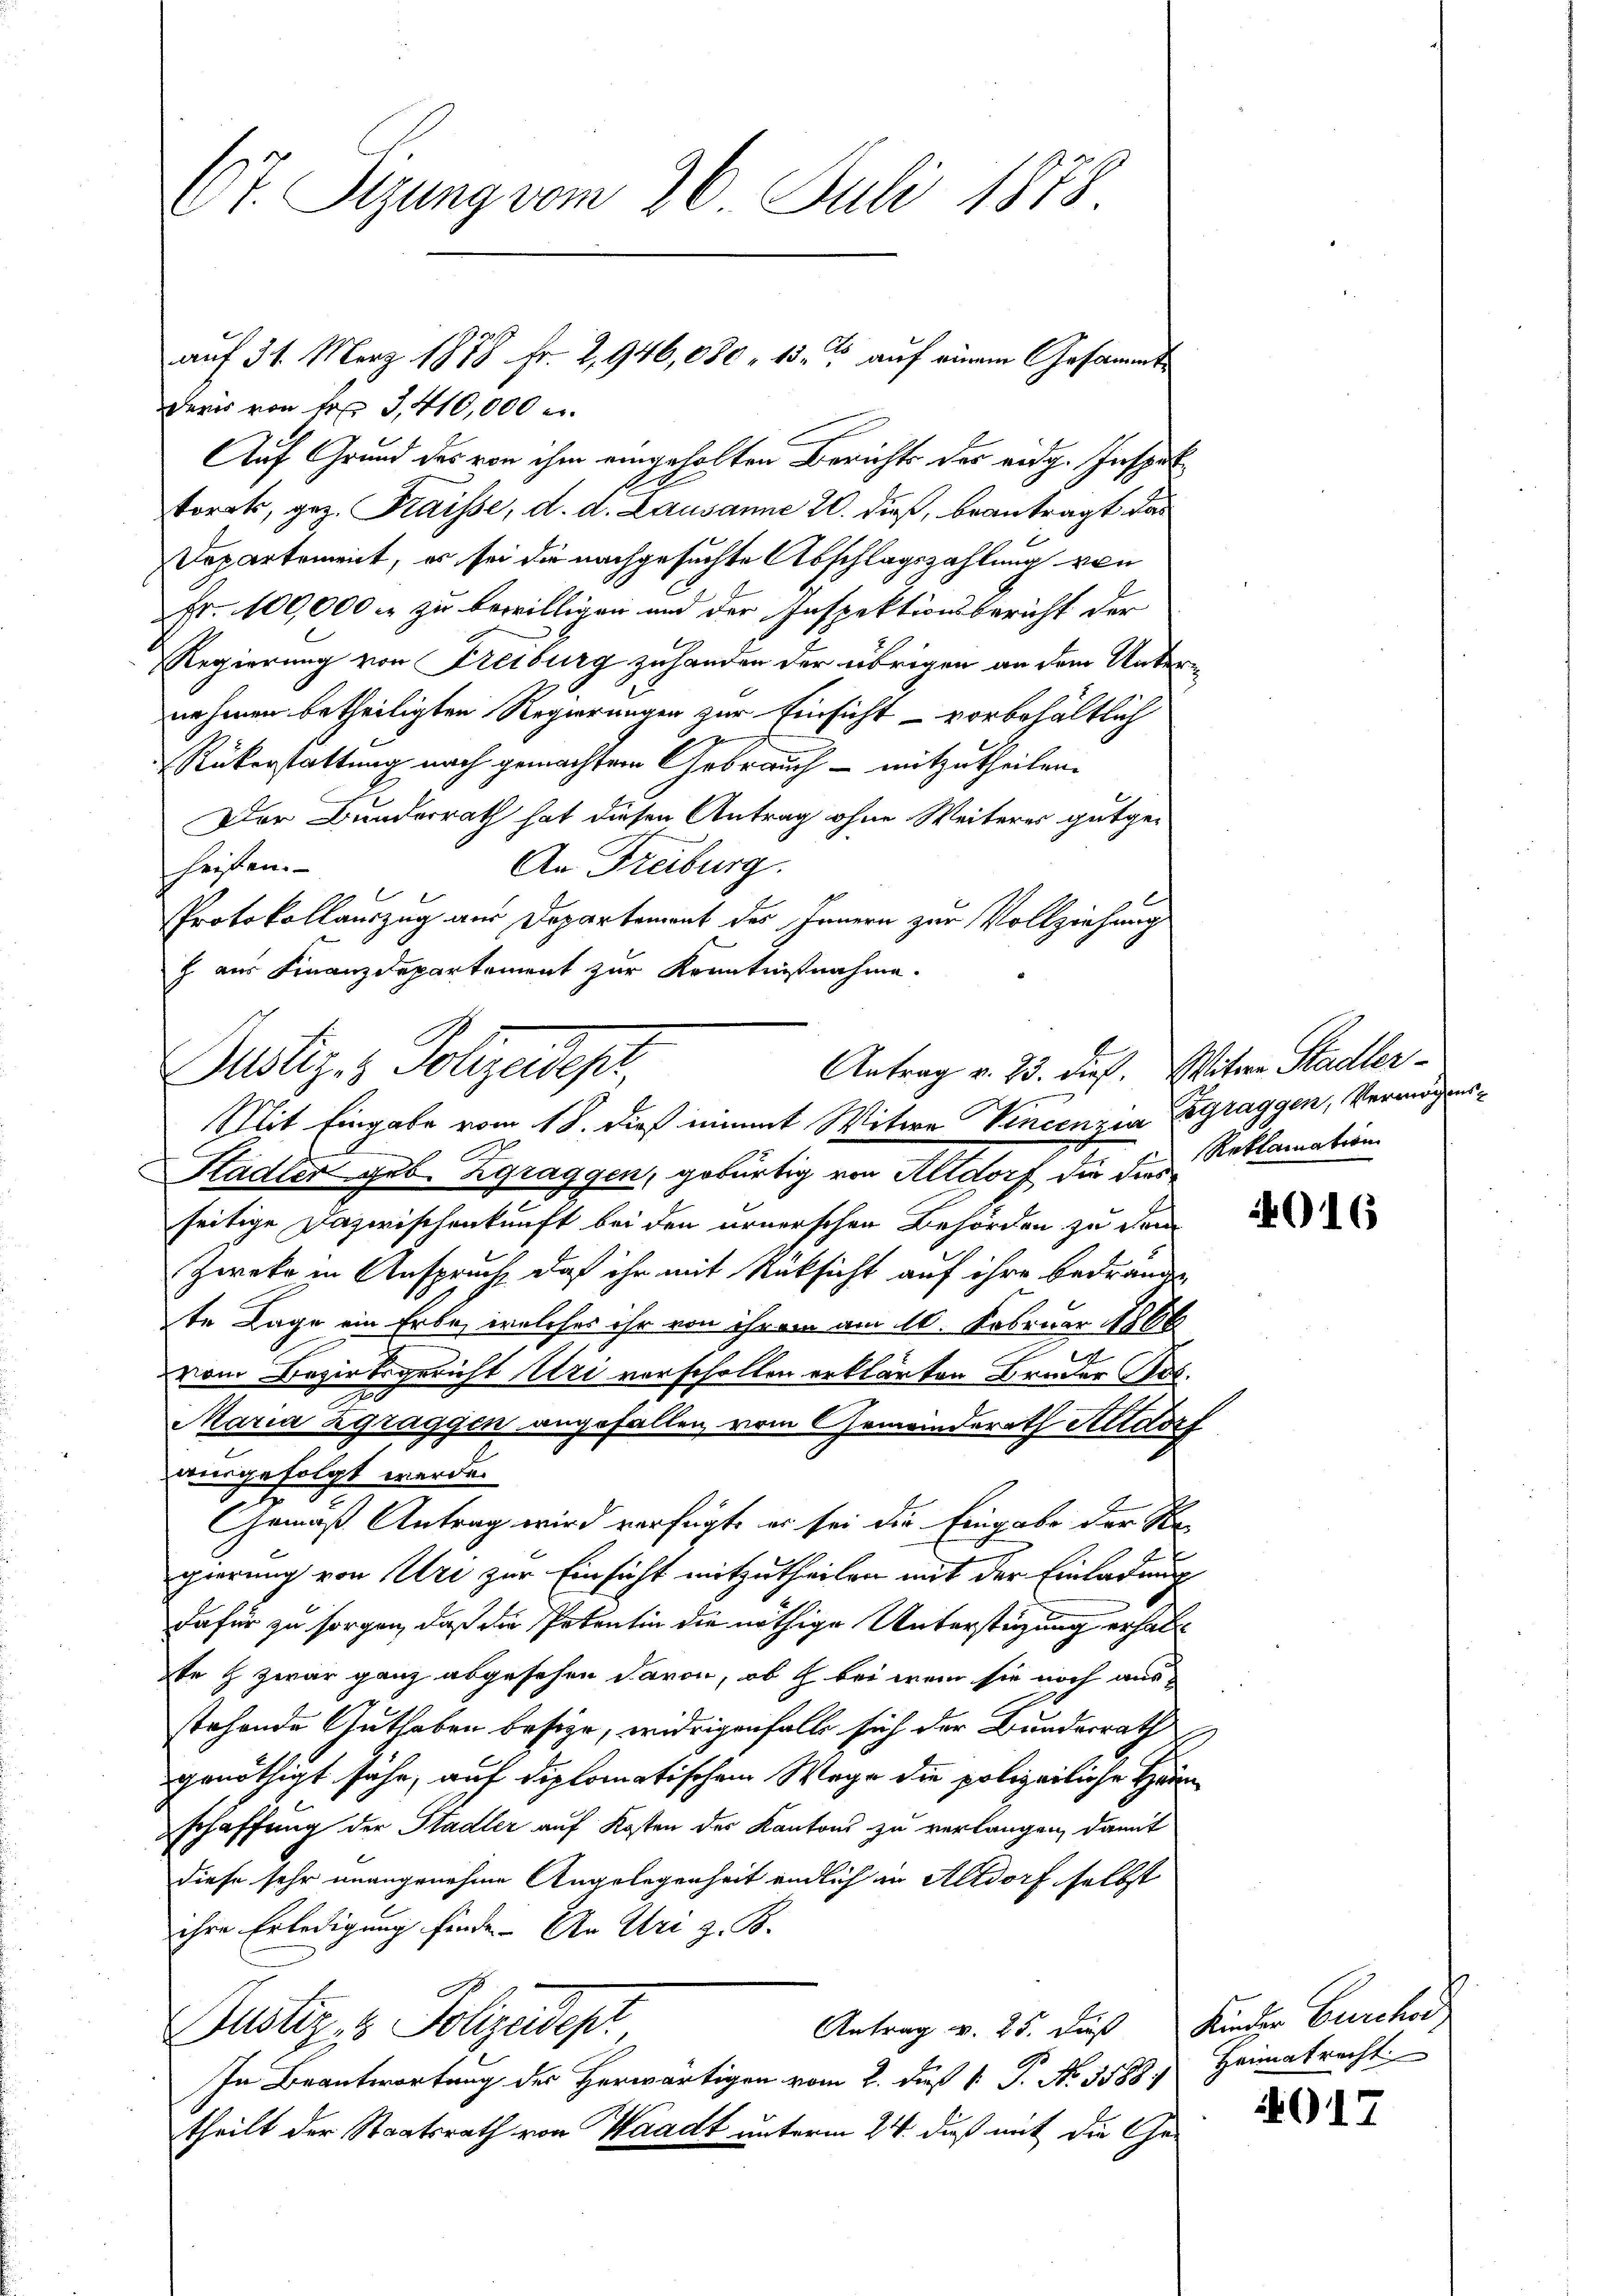
s
7. Sizung vom 26. Juli 1878.

daris von Fr. 3, 410,000 e
Auf Grund des von ihm eingeholten Berichts der eidg. Inspet
s
torrt, gez. Fraisse, d. d. Lausanne 20. dieß, beantragt, das
Departement, er sei die nachgesuchte Abschlagszahlung von
Fr. 100,000 f zu bewilligen und der Inspektionsbericht der
Regierung von Freiburg zu handen der übrigen an dem Unternehmen betheiligten Regierungen zur Einsicht - vorbehältlich
u
Rükerstattung nach gemachtem Gebrauch - mitzutheilen.
Der Bunderrath hat diesen Antrag ohne Weiteres gutge¬
An Freiburg.
heißen.
 xx
Protokollauszug aus Departement des Innern zur Vollziehung
h. aus Finanzdepartement zur Kenntnißnahme.
Stadter geb. Zgraggen, gebürtig von Altdorf die die Reklamation
seitige Dazwischenkunft bei den urnerschen Behörden zu dem
Zweke in Anspruch, daß ihr mit Rüksicht auf ihre bedrängen
te Lage ein Erbe, welches ihr von ihrem am 10. Februar 1860
vom Bezirksgericht Uri vorscholten erklärten Bruder Jos.
Maria Zgraggen angefallen vom Gemeinderath Altdorf
ausgefolgt werde.
Gemäß Antrag wird verfügt, er sei die Eingabe der Regierung von Uri zur Einsicht mitzutheilen mit der Einladung
dafür zu sorgen, daß die Petentin die nöthige Unterstüzung erhalte H. zwar ganz abgesehen davon, ob bei wenn sie noch aus
stehende Guthaben besize, widrigenfalls sich der Bundesrath
genöthigt sähe, auf diplomatischem Wege die polizeiliche Han
schaffung der Stadler auf Kosten der Kantons zu verlangen, damit
diese sehr unangenehme Angelegenheit endlich in Altdorf selbst
ihre Erledigung finde. An Uri z. B.
Antrag v. 25. Fuß Kinder Burchor
Justiz & Polizeidept
In Beantwortung des Herwärtigen vom 2. daß 1. P. No. 5588. Heimatrecht
theilt der Staatsrath von Waadt unterm 24. daß mit die Ge-

auf 31. Merz 1878 Fr. 2, 946,080 - 15. auf einem Gesammt¬

Antrag v. 23. dieß. Witwe Stadler-
Justiz & Polizadest,
Mit Eingabe vom 18. dieß nimmt Witwe Vincenzia Zgraggen, Vermögens¬

4016

4017